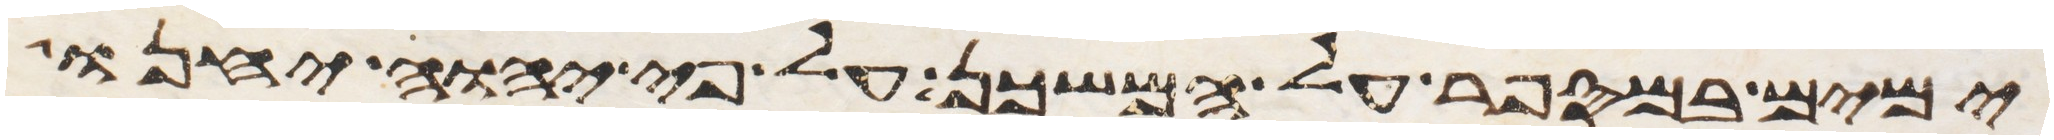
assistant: ימים במספר על המשכן על פי יהוה יחנו